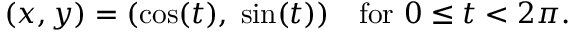
( x , y ) = ( \cos ( t ) , \; \sin ( t ) ) \quad \mathrm { f o r } \ 0 \leq t < 2 \pi .